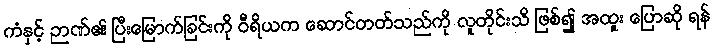
ကံနှင့် ဉာဏ်၏ ပြီးမြောက်ခြင်းကို ဝီရိယက ဆောင်တတ်သည်ကို လူတိုင်းသိ ဖြစ်၍ အထူး ပြောဆို ရန်